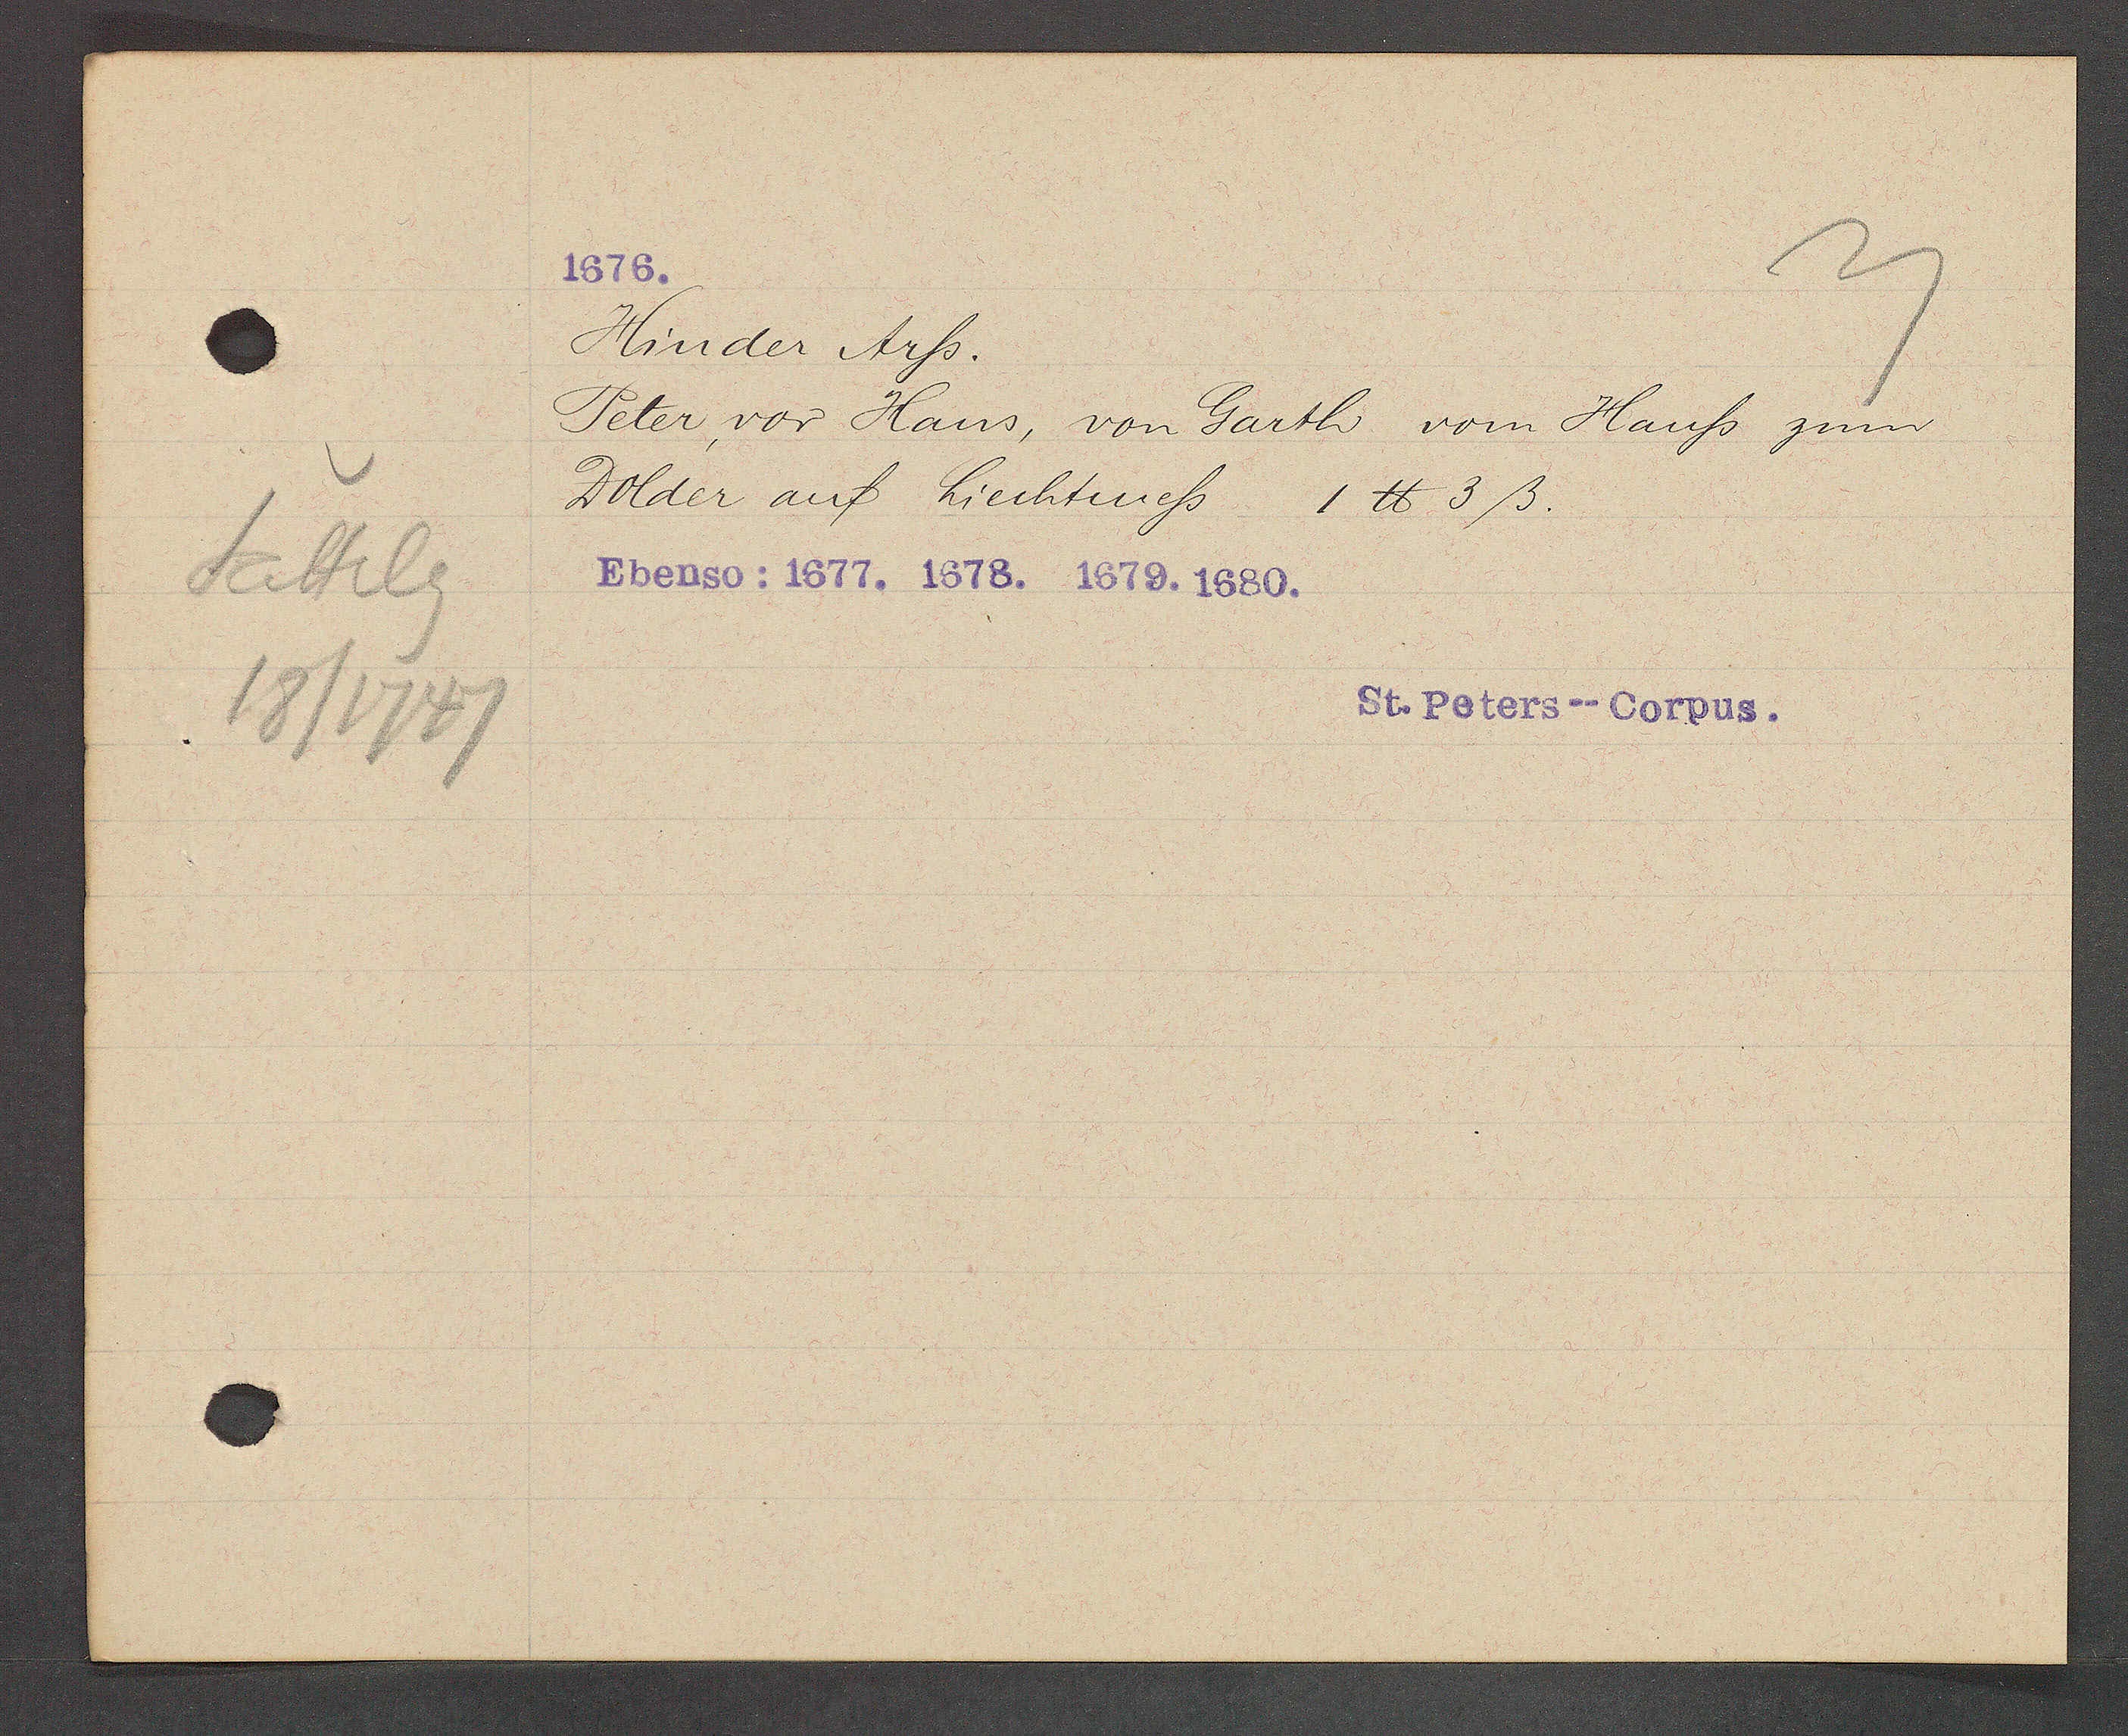
Transcript:
Sattelg
18/1747

1676.

Hinder Arss.
Peter, vor Haus, von Garth vom Hauss zum
Dolder auf Liechtmess 1 ℔ 3ß.
Ebenso: 1677. 1678. 1679. 1680.

St. Peters--Corpus.